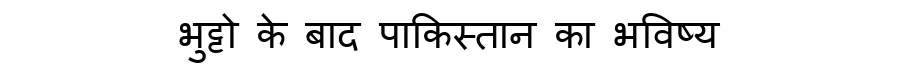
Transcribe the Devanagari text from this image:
भुट्टो के बाद पाकिस्तान का भविष्य